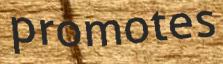
promotes